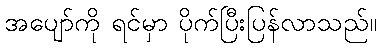
အပျော်ကို ရင်မှာ ပိုက်ပြီးပြန်လာသည်။